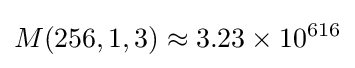
M(256,1,3)\approx 3.23\times 10^{616}